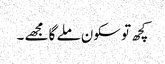
کچھ تو سکون ملے گا مجھے ۔